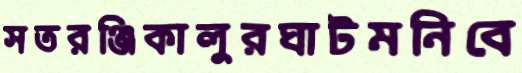
সতরঞ্জিকালুরঘাটমনিবে